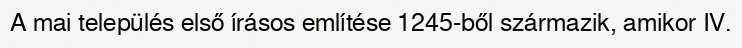
A mai település első írásos említése 1245-ből származik, amikor IV.